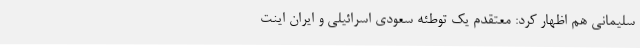
سلیمانی هم اظهار کرد: معتقدم یک توطئه سعودی اسرائیلی و ایران اینت